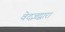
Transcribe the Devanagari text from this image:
वेदज्ञद्वारा